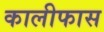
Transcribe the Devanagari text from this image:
कालीफास